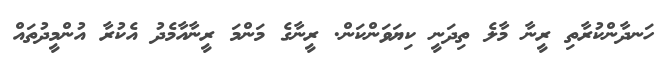
ހަނދާންކުރާތި ރީނާ މާލެ ތިދަނީ ކިޔަވަންކަން. ރީނާގެ މަންމަ ރީނާއާމެދު އެކުރާ އުންމީދުތައް